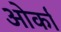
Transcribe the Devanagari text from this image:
ओर्का